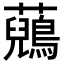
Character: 𧄷